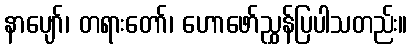
နာပျော်၊ တရားတော်၊ ဟောဖော်ညွှန်ပြပါသတည်း။